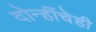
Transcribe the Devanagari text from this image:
दोन्हींचेही